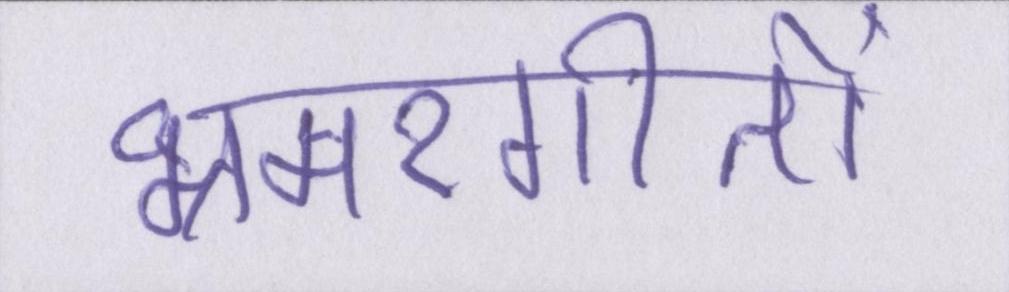
भ्रमरगीतों